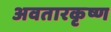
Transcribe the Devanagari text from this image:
अवतारकृष्ण